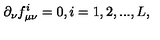
\partial _ { \nu } f _ { \mu \nu } ^ { i } = 0 , i = 1 , 2 , . . . , L ,